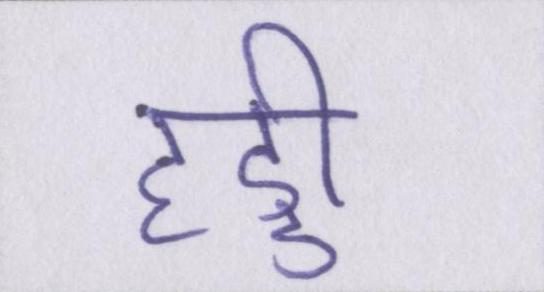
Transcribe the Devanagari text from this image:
हड्डी